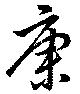
康